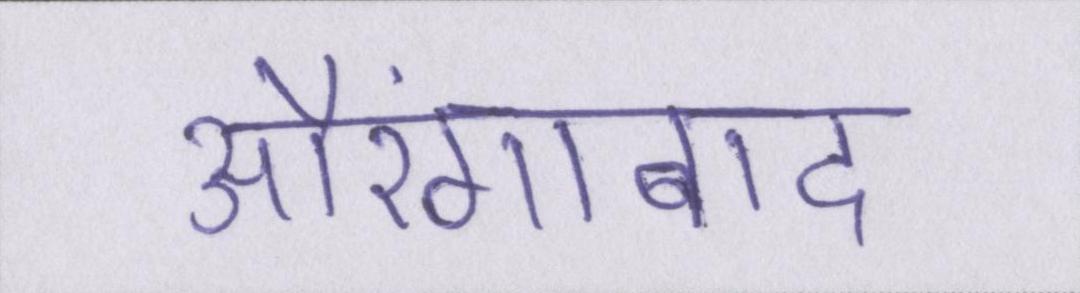
औरंगाबाद